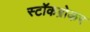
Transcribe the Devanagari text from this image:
स्टॉकब्रोकर